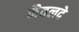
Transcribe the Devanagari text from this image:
नैतलदे